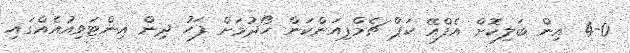
4-0 އިން ބަލިކޮށް އެފްއޭ ކަޕް ޗެމްޕިއަންކަން ހޯދުމަށް ފަހު ދިން އިންޓަވިއުއެއްގައި